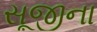
સૂજીના